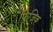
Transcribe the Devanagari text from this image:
फिजिक